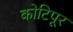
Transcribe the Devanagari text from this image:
कोटिपूर